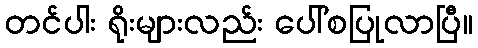
တင်ပါး ရိုးများလည်း ပေါ်စပြုလာပြီ။